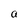
Character: a